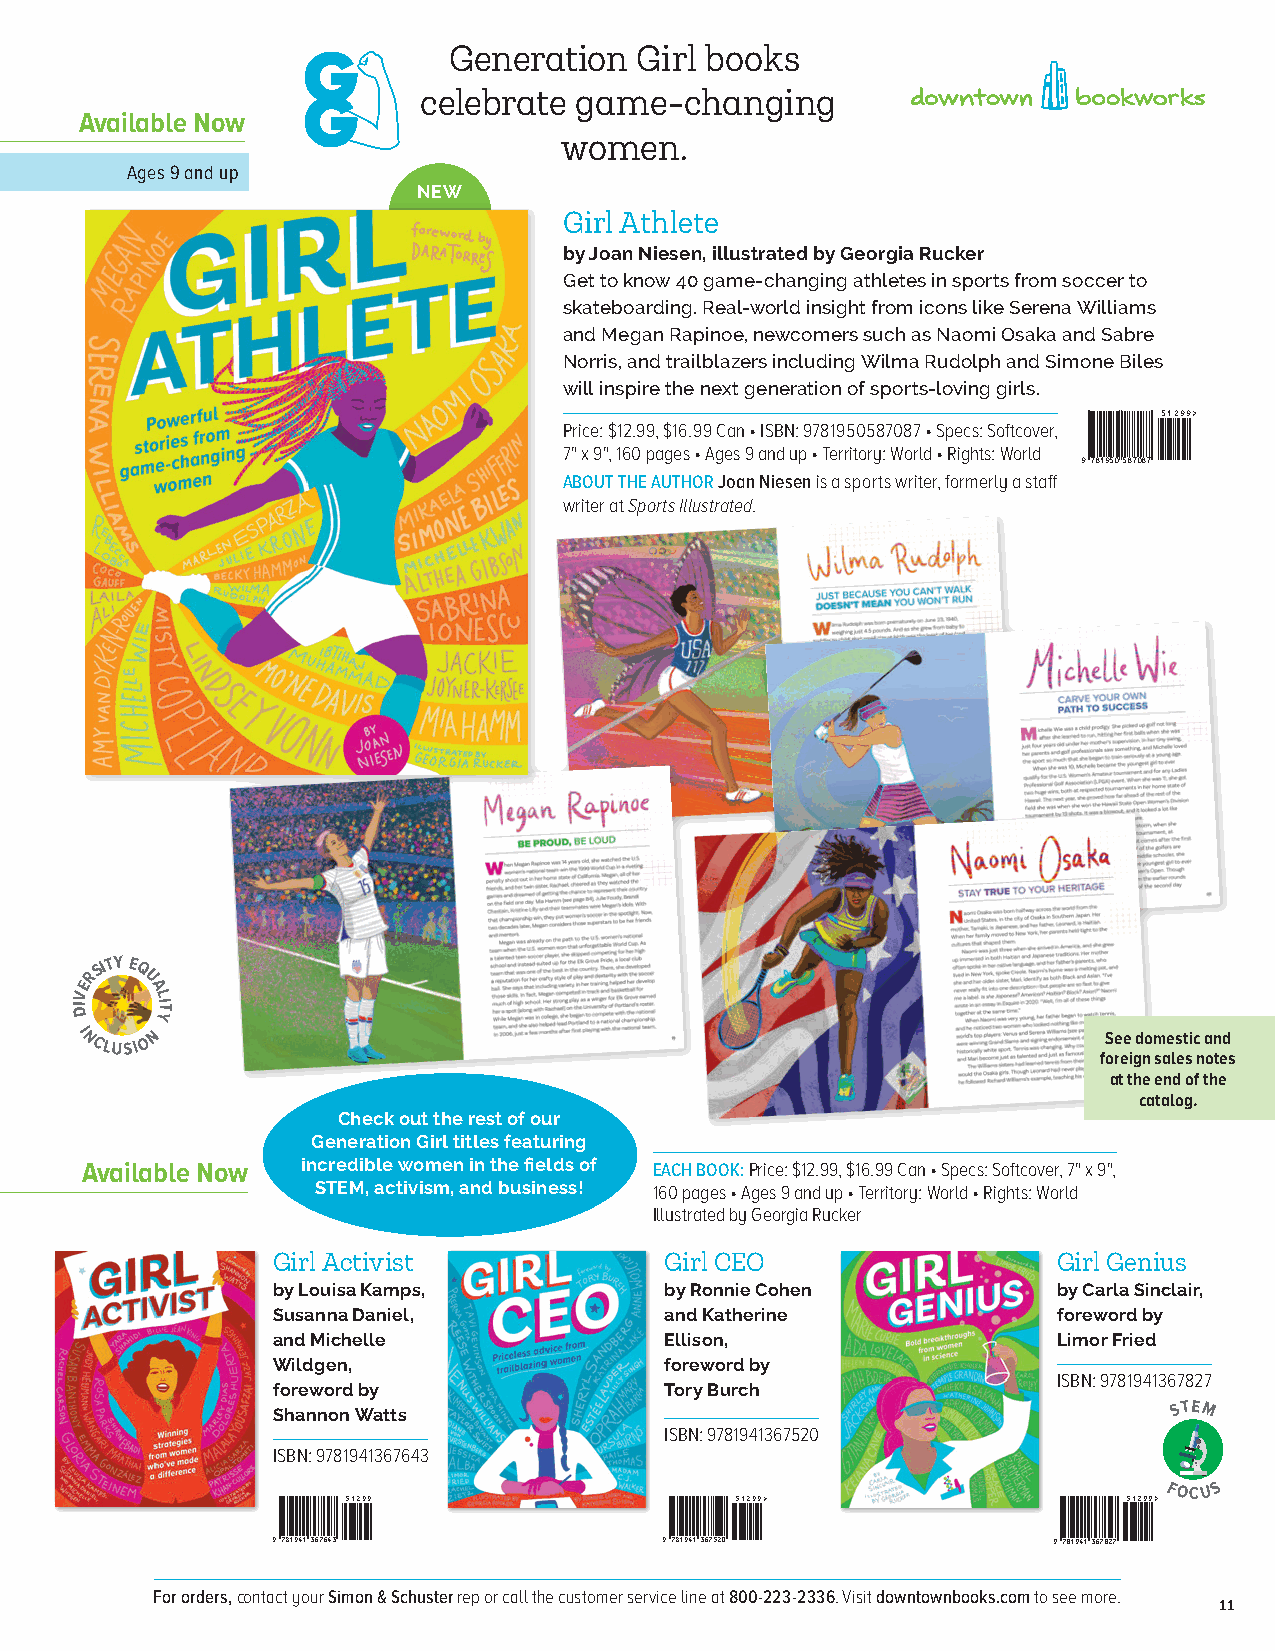
285 West Broadway, Suite 600 • New York, New York 10013
 Generation  Girl books                                                 P 646 613 0707 F 646 613 1011
 G
 www.downtownbookworks.com
 celebrate game-changing
 G
 Available Now
 women.
 Ages 9 and up
 NEW
 Girl Athlete
 by Joan Niesen, illustrated by Georgia Rucker
 Get to know 40 game-changing athletes in sports from soccer to
 skateboarding. Real-world insight from icons like Serena Williams
 and Megan Rapinoe, newcomers such as Naomi Osaka and Sabre
 Norris, and trailblazers including Wilma Rudolph and Simone Biles
 will inspire the next generation of sports-loving girls.
 $12.99
 ISBN 978-1-950587-08-7
 51299>
 Price: $12.99, $16.99 Can • ISBN: 9781950587087 • Specs: Softcover,
 7" x 9", 160 pages • Ages 9 and up • Territory: World • Rights: World
 9781950587087
 ABOUT THE AUTHOR Joan Niesen is a sports writer, formerly a staff
 writer at Sports Illustrated.
 ERSITY E
 Q
 U
 V    A L
 DI   IT
 Y
 I NCLUSI O N                                                        See domestic and
 foreign sales notes
 at the end of the
 catalog.
 Check out the rest of our
 Generation Girl titles featuring
 Available Now  incredible women in the fields of EACH BOOK: Price: $12.99, $16.99 Can • Specs: Softcover, 7" x 9",
 STEM, activism, and business! 160 pages • Ages 9 and up • Territory: World • Rights: World
 Illustrated by Georgia Rucker
 Girl Activist             Girl CEO                  Girl Genius
 by Louisa Kamps,          by Ronnie Cohen           by Carla Sinclair,
 Susanna Daniel,           and Katherine             foreword by
 and Michelle              Ellison,                  Limor Fried
 Wildgen,                  foreword by
 ISBN: 9781941367827
 foreword by               Tory Burch
 Shannon Watts                                               S TEM
 ISBN: 9781941367520
 ISBN: 9781941367643
 ISBN 978-1-94136 57$ -1 162 24. 9-9 939 ISBN 978-1-94136 57$ -1 152 22. 9-9 909
 >
 ISBN 978-1-94136 57$ -1 12 8 22. 99 - 979 >FOCU S
 9781941367643             9781941367520             9781941367827
 For orders, contact your Simon & Schuster rep or call the customer service line at 800-223-2336. Visit downtownbooks.com to see more.
 11